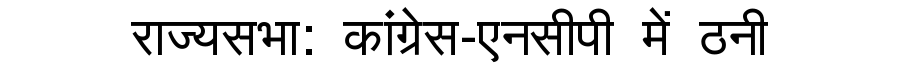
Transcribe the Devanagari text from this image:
राज्यसभा: कांग्रेस-एनसीपी में ठनी